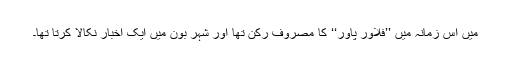
مَیں اُس زمانہ میں ’’فلاور پاور‘‘ کا مصروف رکن تھا اور شہر بونؔ میں ایک اخبار نکالا کرتا تھا۔